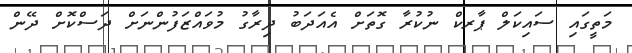
މަތީގައި ސައިކަލް ޕާރކް ނުކުރާ ގޮތަށް އެއަދަބު ދިރާގު މުވައްޒަފުންނަށް ދަސްކޮށް ދޭން